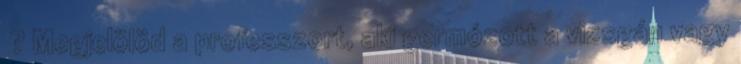
? Megjelölöd a professzort, aki germózott a vizsgán vagy